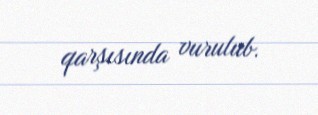
qarşısında vurulub.